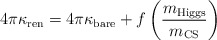
\begin{align*}4\pi\kappa_{\rm ren}=4\pi \kappa_{\rm bare}+f\left({m_{\rm Higgs}\over m_{\rm CS}}\right)\end{align*}